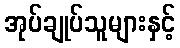
အုပ်ချုပ်သူများနှင့်